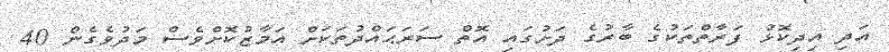
އަދި އިދިކޮޅު ފަރާތްތަކުގެ ބާރުގެ ދަށުގައި އޮތް ސަރަޙައްދުތަކަށް އަމާޒުކޮށްވެސް މަދުވެގެން 40